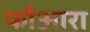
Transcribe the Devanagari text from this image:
फौआरा